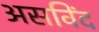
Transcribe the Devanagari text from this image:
असविंद